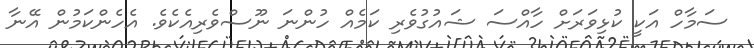
ސަމާހް އަކީ ކުޅިވަރަށް ހާއްސަ ޝައުގުވެރި ކަމެއް ހުންނަ ނޫސްވެރިއެކެވެ. އެހެންކަމުން އޭނާ